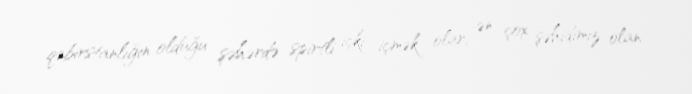
qəbirstanlığın olduğu şəhərdə spirtli içki içmək olar, ən çox şəhidimiz olan